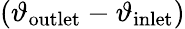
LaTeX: (\vartheta_{\mathrm{outlet}}-\vartheta_{\mathrm{inlet}})